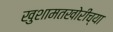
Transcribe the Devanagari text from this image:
खुशामतखोरीच्या